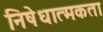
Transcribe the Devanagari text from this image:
निषेधात्मकता